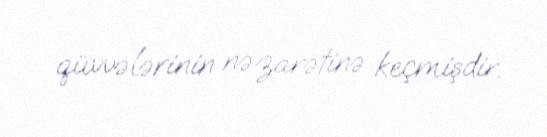
qüvvələrinin nəzarətinə keçmişdir.